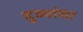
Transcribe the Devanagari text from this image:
दुव्यांचा